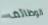
الوظائف